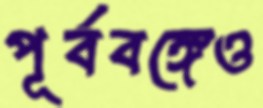
পূর্ববঙ্গেও